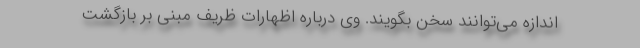
اندازه می‌توانند سخن بگویند. وی درباره اظهارات ظریف مبنی بر بازگشت